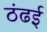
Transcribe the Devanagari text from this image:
ठंढई